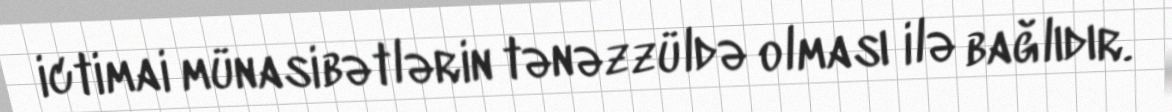
ictimai münasibətlərin tənəzzüldə olması ilə bağlıdır.